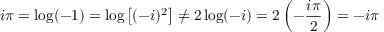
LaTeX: i \pi = \log ( - 1 ) = \log \left[ ( - i ) ^ { 2 } \right] \neq 2 \log ( - i ) = 2 \left( - { \frac { i \pi } { 2 } } \right) = - i \pi